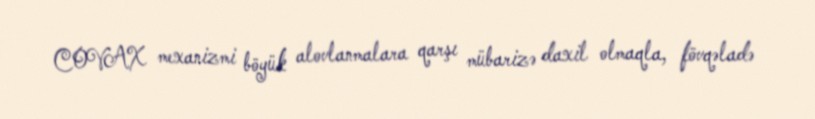
COVAX mexanizmi böyük alovlanmalara qarşı mübarizə daxil olmaqla, fövqəladə